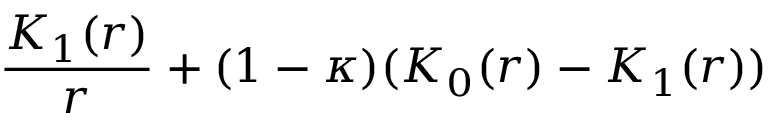
\frac { K _ { 1 } ( r ) } { r } + ( 1 - \kappa ) ( K _ { 0 } ( r ) - K _ { 1 } ( r ) )